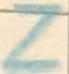
Text: Z